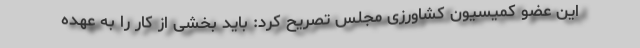
این عضو کمیسیون کشاورزی مجلس تصریح کرد: باید بخشی از کار را به عهده